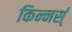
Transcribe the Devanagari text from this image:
किन्नर्स्